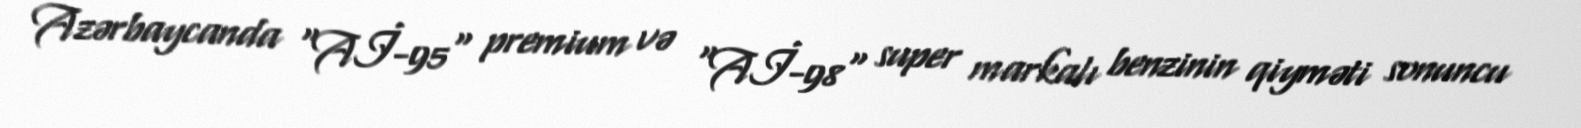
Azərbaycanda “Aİ-95" premium və "Aİ-98" super markalı benzinin qiyməti sonuncu